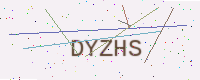
Text: DYZHS